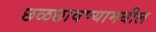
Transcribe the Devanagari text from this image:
छळछावण्यामधील